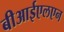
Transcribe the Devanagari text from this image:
बीआईएलएन